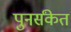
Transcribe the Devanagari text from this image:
पुनर्संकेत